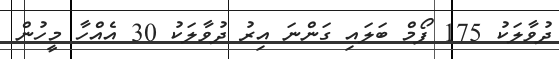
ދުވާލަކު 175 ފޯމް ބަލައި ގަންނަ އިރު ދުވާލަކު 30 އެއްހާ މީހުން